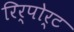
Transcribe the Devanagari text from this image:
रिर्पोर्ट